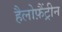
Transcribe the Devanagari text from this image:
हैलोफ़ैंट्रीन